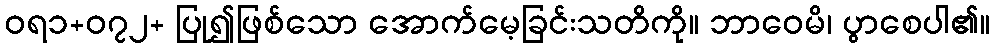
ဝရ၁+၀၇၂+ ပြု၍ဖြစ်သော အောက်မေ့ခြင်းသတိကို။ ဘာဝေမိ၊ ပွာစေပါ၏။